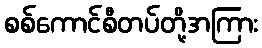
စစ်ကောင်စီတပ်တို့အကြား